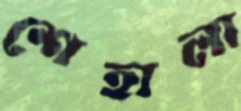
শেহালা